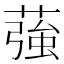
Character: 蔃